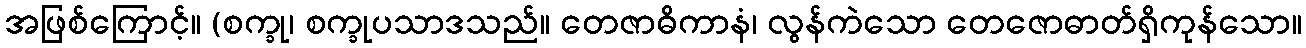
အဖြစ်ကြောင့်။ (စက္ခု၊ စက္ခုပသာဒသည်။ တေဇာဓိကာနံ၊ လွန်ကဲသော တေဇောဓာတ်ရှိကုန်သော။